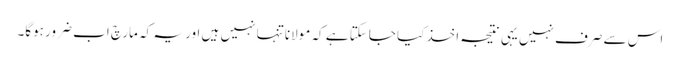
اس سے صرف نہیں یہی نتیجہ اخذ کیا جاسکتا ہے کہ مولانا تنہا نہیں ہیں اور یہ کہ مارچ اب ضرور ہوگا۔